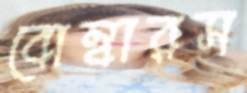
বোম্বারস